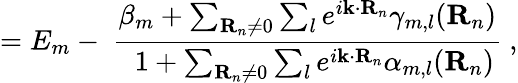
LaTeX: =E_{m}-\ {\frac{\beta_{m}+\sum_{\mathbf{R}_{n}\neq 0}\sum_{l}e^{i\mathbf{k}\cdot\mathbf{R}_{n}}\gamma_{m,l}(\mathbf{R}_{n})}{\ \ 1+\sum_{\mathbf{R}_{n}\neq 0}\sum_{l}e^{i\mathbf{k}\cdot\mathbf{R}_{n}}\alpha_{m,l}(\mathbf{R}_{n})}}\ ,